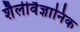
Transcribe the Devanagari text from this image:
शैलीवैज्ञानिक